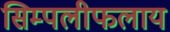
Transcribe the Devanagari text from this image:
सिम्पलीफलाय